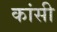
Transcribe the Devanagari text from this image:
कांसी